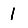
Digit: 1